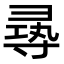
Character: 㝷